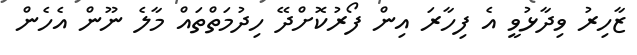
ޒާހިރު ވިދާޅުވީ އެ ފިހާރަ އިން ފޯރުކޮށްދޭ ހިދުމަތްތައް މާލެ ނޫން އެހެން